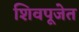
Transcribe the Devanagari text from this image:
शिवपूजेत